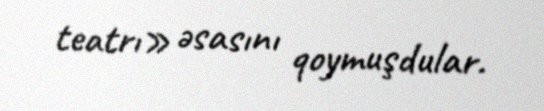
teatrı» əsasını qoymuşdular.